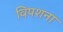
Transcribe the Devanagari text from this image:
विपशना